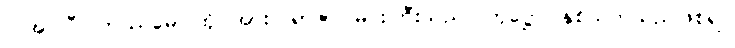
ပြုအပ်ပြီ။ တဿမေ၊ ထိုငါအား။ ရာဇာ၊ မင်းကြီးသည်။ တုဋ္ဌော၊ နှစ်သက်သည်ဖြစ်၍။